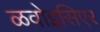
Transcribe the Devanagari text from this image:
ळवोइसिएर